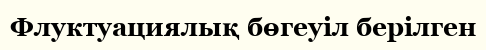
Флуктуациялық бөгеуіл берілген